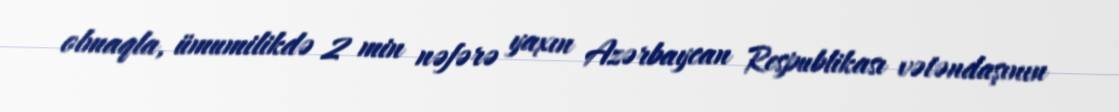
olmaqla, ümumilikdə 2 min nəfərə yaxın Azərbaycan Respublikası vətəndaşının